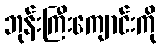
ဘုန်းကြီးကျောင်းကို